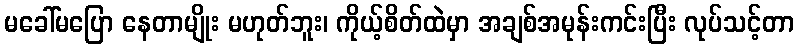
မခေါ်မပြော နေတာမျိုး မဟုတ်ဘူး၊ ကိုယ့်စိတ်ထဲမှာ အချစ်အမုန်းကင်းပြီး လုပ်သင့်တာ